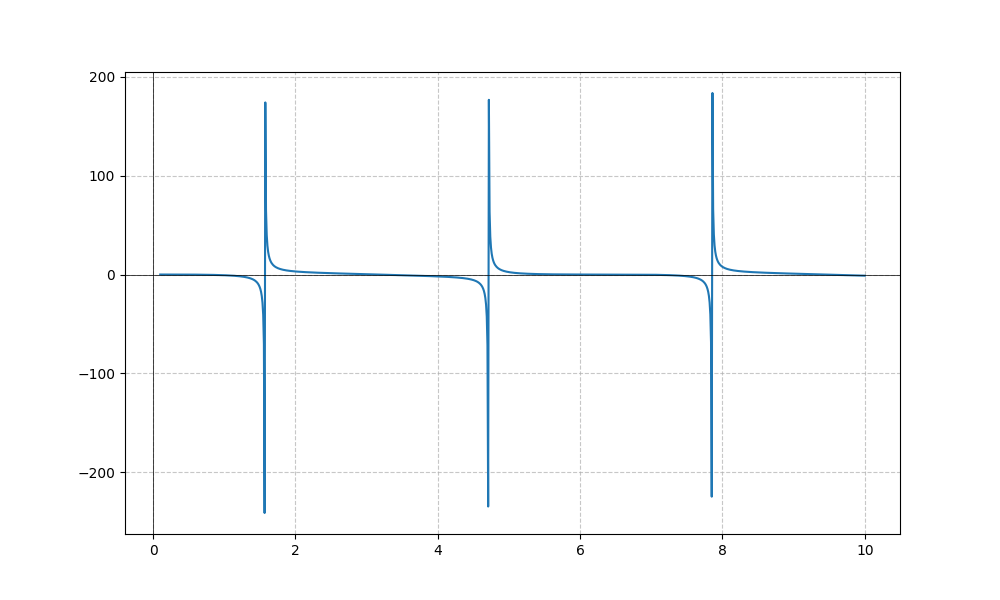
LaTeX formula: \sin{\left(x \right)} - \tan{\left(x \right)}